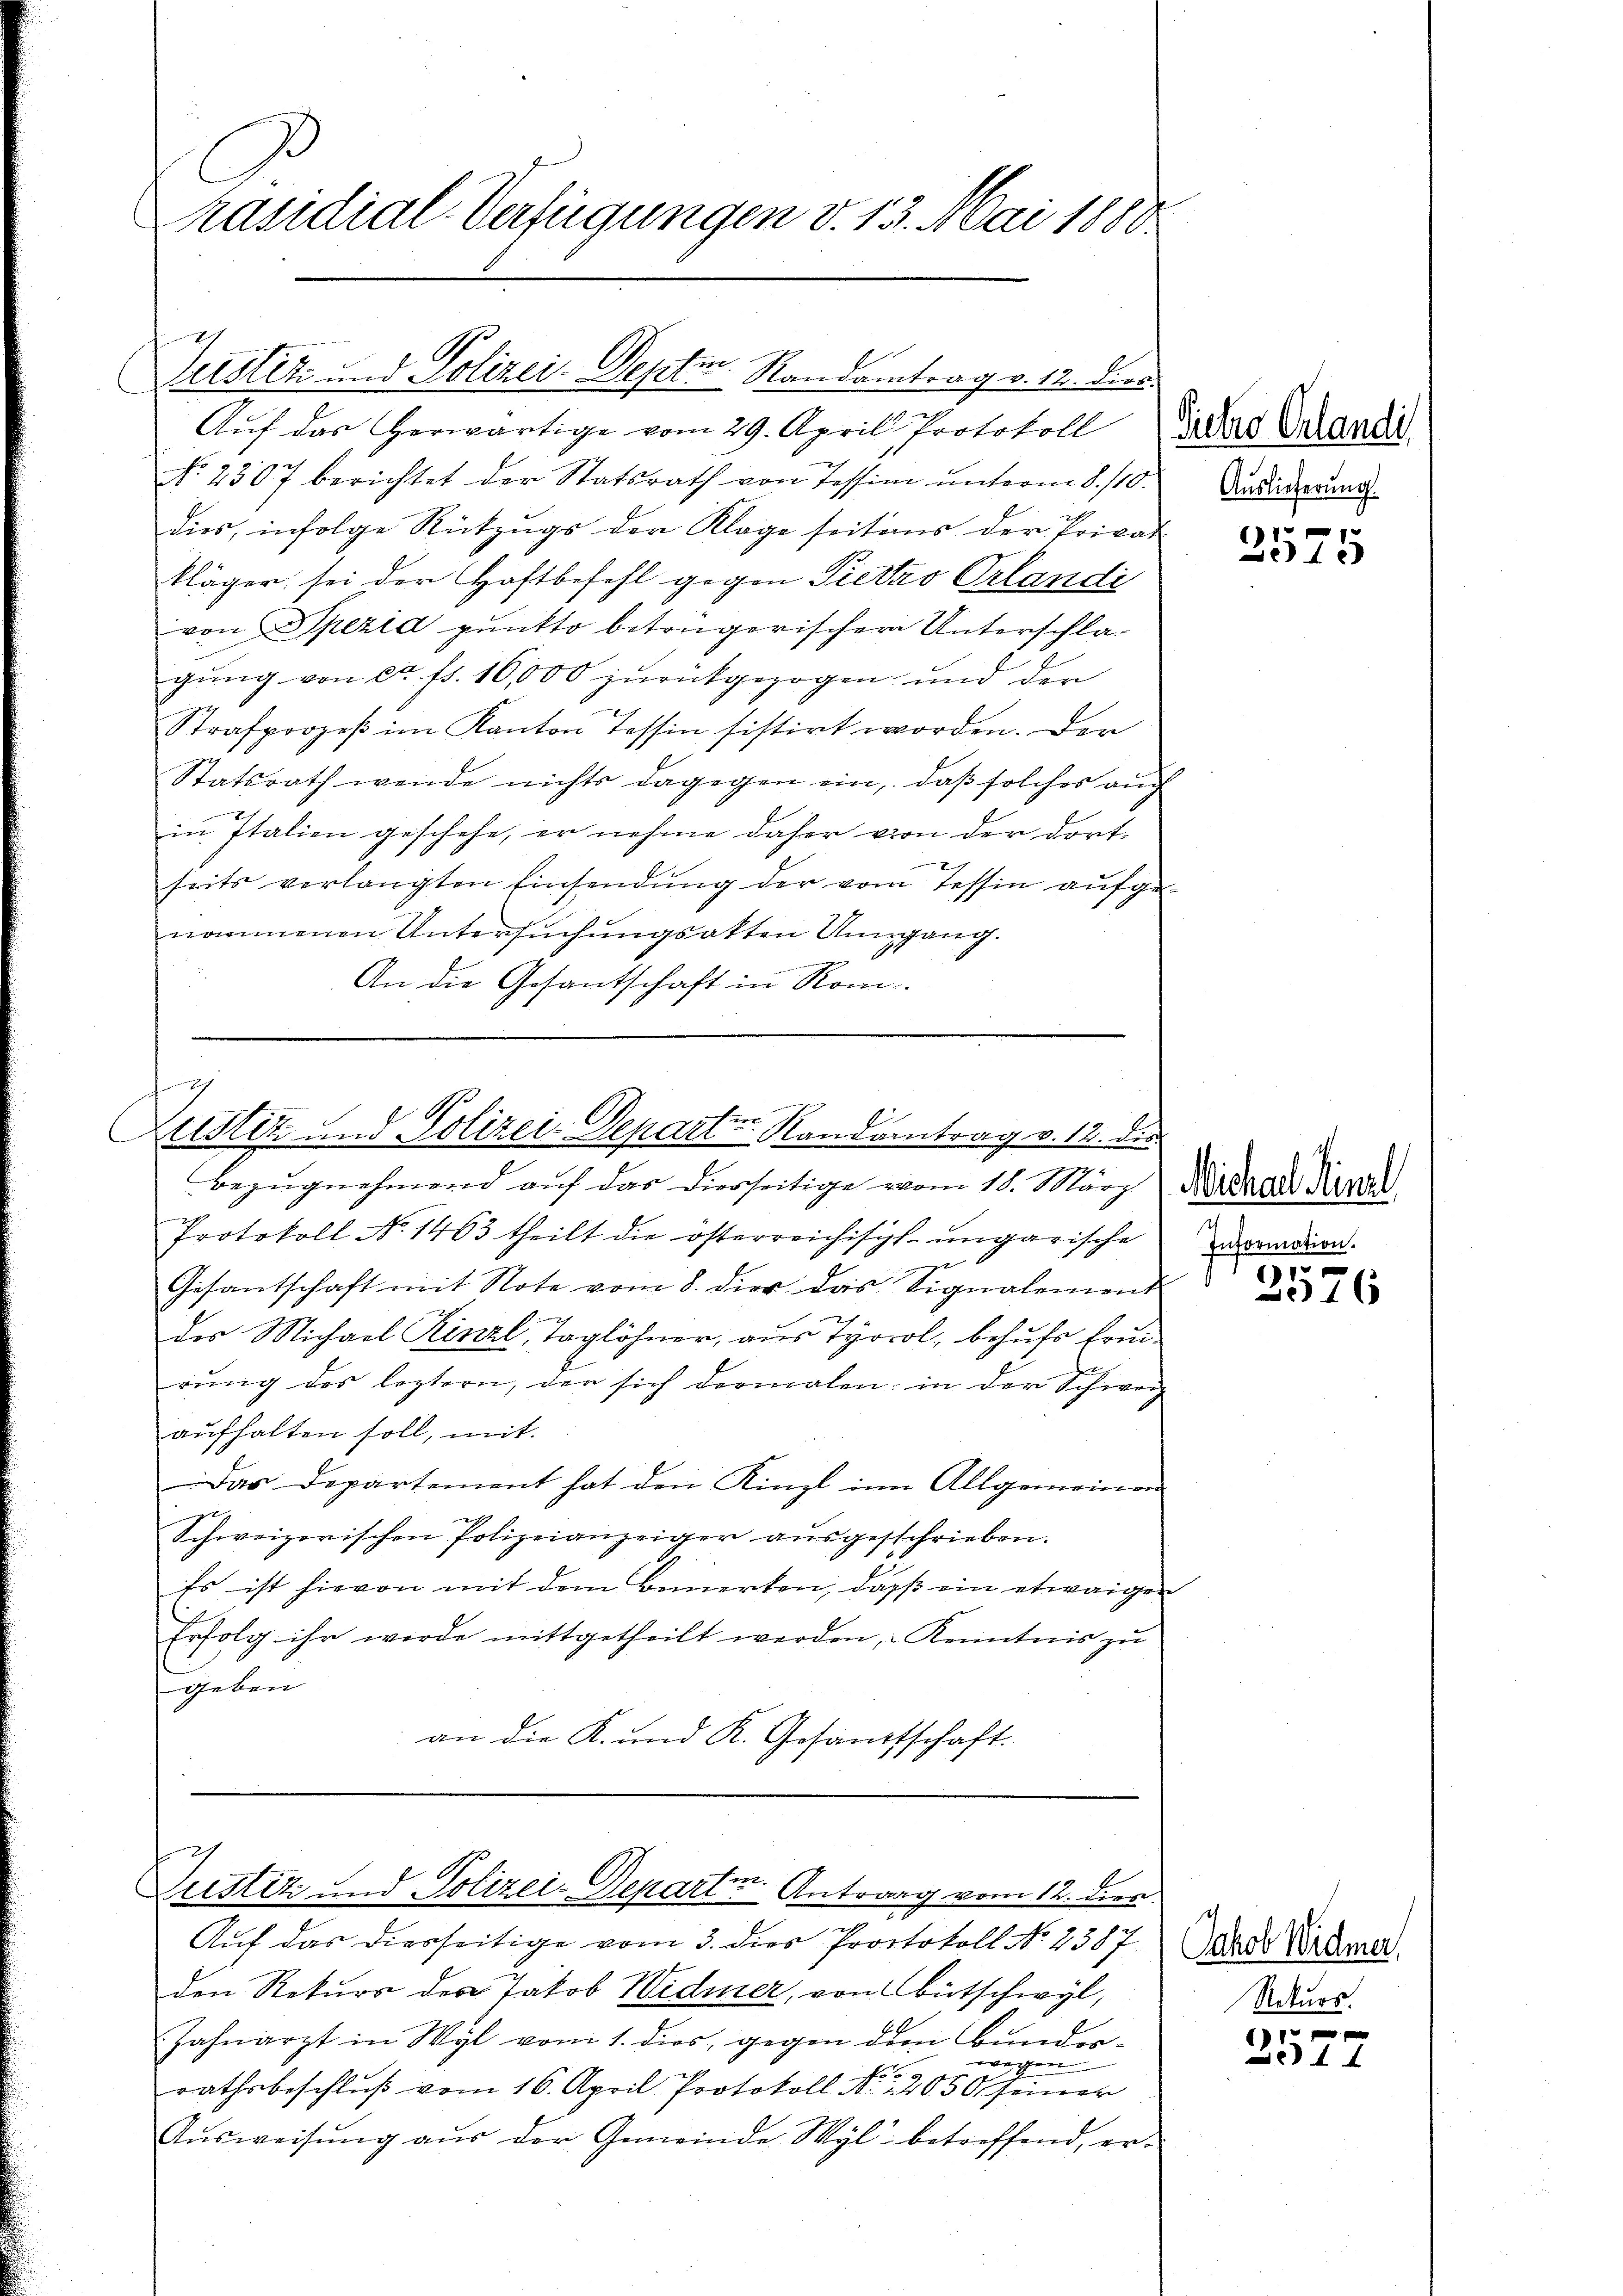
räsidial-Verfügungen v. 13. Mai 1888

Aŭf das herwärtige vom 29. April, Protokoll das Grandi
No. 2307 berichtet der Statsrath von Tessima unterm 8./10.
dies, infolge Rützŭgs der Klage seitens der Privat
kläger sei der Haftbefehl gegen Pietto Orlandi
von Spezid punkto betrügerischer Unterschlagung von ca fl. 16,000 zurückgezogen und der
Strafprozeß im Kanton Tessin sistirt worden. Der
Statsrath wende nichts dagegen ein, daß solches auch
in Italien geschehe, er nehme daher von der dortseits verlangten Einsendŭng der vom Tessin aufge-
nommenen Untersuchungsakten Umgang.
ennenen einer rechte ein
An die Gesantschaft in Rom.

Gerstitz und Polizei-Deptin. Randantrag v. 12. dies

Protokoll No 1463 theilt die österreichisch-ungarische
Gesantschaft mit Note vom 8. dier das Signalement
des Michael Kinzl, Taglöhner, aus Tyrol, behufs Ermirŭng des leztern, der sich dermalen: in der Schweiz
aufhalten soll, mit
Das Departement hat den Kinzl in Allgemeinen
Schweizerischen Polizeianzeiger ausgeschrieben.
Es ist hievon mit dem Bemerken, daß ein etwaigen
Erfolg ihr werde mitgetheilt werden, Kenntnis zu
geben
an die K. und K. Gesandtschaft.

c
1
Herr
Justiz und Polizei-Depart-Randantrag v. 12. die
Bezŭgnehmend auf das diesseitige vom 11. März Niedene Pra

f
Zustiz und Polizei-Departe Antrag vom 12. dien.
Auf das diesseitige vom 3. dies Protokoll No 2387

den Rekurs des Jakob Widmer, von Bütschwyl,
Zahnarzt in Wyl vom 1. dies, gegen dem Bunderwegen
Fr
rathsbeschlŭβ vom 16. April Protokoll S. 2050 seiner
Aŭsweisŭng aŭs der Gemeinde Wyl betreffend er-

Auslieferung.

1
2515

Information.
1

1 x

Jakob Widmer,
Rekurs.

251